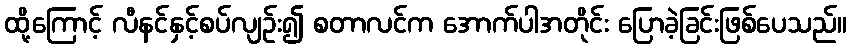
ထို့ကြောင့် လီနင်နှင့်စပ်လျဉ်း၍ စတာလင်က အောက်ပါအတိုင်း ပြောခဲ့ခြင်းဖြစ်ပေသည်။